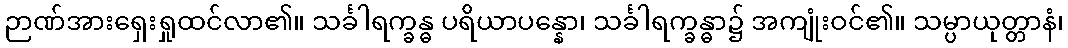
ဉာဏ်အားရှေးရှုထင်လာ၏။ သင်္ခါရက္ခန္ဓ ပရိယာပန္နော၊ သင်္ခါရက္ခန္ဓာ၌ အကျုံးဝင်၏။ သမ္ပာယုတ္တာနံ၊